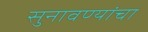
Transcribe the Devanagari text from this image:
सुनावण्यांचा